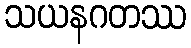
သယနဂတဿ